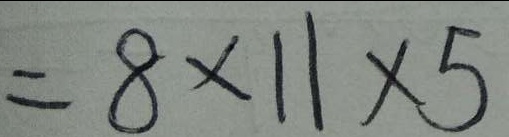
= 8 \times 1 1 \times 5